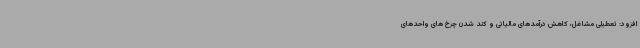
افزود: تعطیلی مشاغل، کاهش درآمدهای مالیاتی و کند شدن چرخ های واحدهای